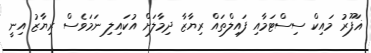
ޣަފޫރު މައިކް ސިސްޓަމާއި ފައިލްތައް ރިޔާޒާ ދިމާލަށް އުކައިލި ނަމަވެސް ރިޔާޒު އިނީ